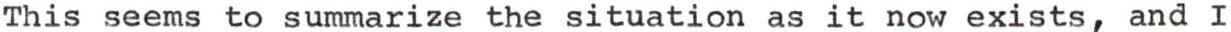
This seems to summarize the Π as it now exists, and I